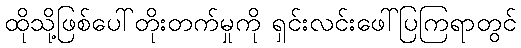
ထိုသို့ဖြစ်ပေါ်တိုးတက်မှုကို ရှင်းလင်းဖေါ်ပြကြရာတွင်